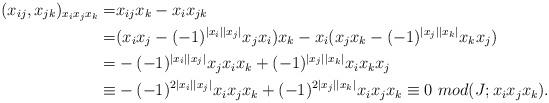
LaTeX: \begin{align*}(x_{ij}, x_{jk})_{x_ix_jx_k}=&x_{ij}x_k-x_ix_{jk}\\=&(x_ix_j-(-1)^{|x_{i}||x_{j}|}x_jx_i)x_k-x_i(x_jx_k-(-1)^{|x_{j}||x_{k}|}x_kx_j)\\=&-(-1)^{|x_{i}||x_{j}|}x_jx_ix_k+(-1)^{|x_{j}||x_{k}|}x_ix_kx_j\\\equiv&-(-1)^{2|x_{i}||x_{j}|}x_ix_jx_k+(-1)^{2|x_{j}||x_{k}|}x_ix_jx_k\equiv 0~mod (J; x_ix_jx_k).\end{align*}